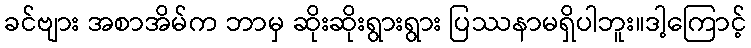
ခင်ဗျား အစာအိမ်က ဘာမှ ဆိုးဆိုးရွားရွား ပြဿနာမရှိပါဘူး။ဒါ့ကြောင့်